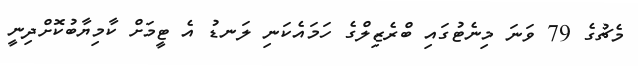
މެޗުގެ 79 ވަނަ މިނެޓުގައި ބްރެޒިލްގެ ހަމައެކަނި ލަނޑު އެ ޓީމަށް ކާމިޔާބުކޮށްދިނީ